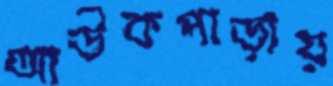
আউকপাড়ায়